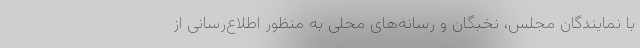
با نمایندگان مجلس، نخبگان و رسانه‌های محلی به منظور اطلاع‌رسانی از